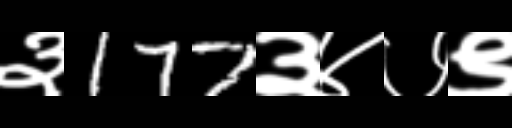
Text: ३177३४७९